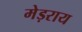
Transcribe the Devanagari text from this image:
मेड़राय